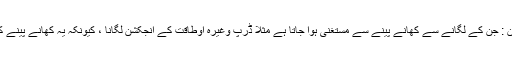
2 - غذائي انجکشن : جن کے لگانے سے کھانے پینے سے مستغنی ہوا جاتا ہے مثلا ڈرپ وغیرہ اوطاقت کے انجکشن لگانا ، کیونکہ یہ کھانے پینے کے قائم مقام ہيں ۔